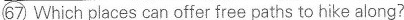
\bigcirc{67} Which places can offer free paths to hike along?